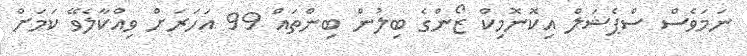
ނަމަވެސް ސްޕެޝަލް އިކޮނޮމިކް ޒޯންގެ ބިލުން ބިންތައް 99 އަހަރަށް ވިއްކާލެވޭ ކަމަށް